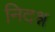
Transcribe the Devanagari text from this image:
निदश्र्न